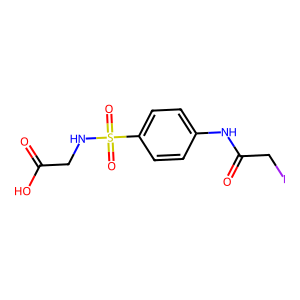
SMILES: O=C(O)CNS(=O)(=O)c1ccc(NC(=O)CI)cc1
Inhibits HIV replication: No